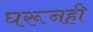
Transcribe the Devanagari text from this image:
घरूनही